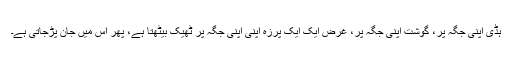
ہڈی اپنی جگہ پر، گوشت اپنی جگہ پر، غرض ایک ایک پرزہ اپنی اپنی جگہ پر ٹھیک بیٹھتا ہے، پھر اس میں جان پڑجاتی ہے۔